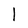
Character: 1